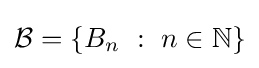
{\mathcal {B}}=\{B_{n}~:~n\in \mathbb {N} \}